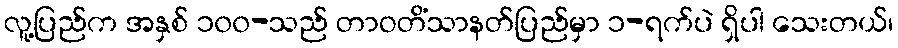
လူ့ပြည်က အနှစ် ၁၀၀-သည် တာဝတိံသာနတ်ပြည်မှာ ၁-ရက်ပဲ ရှိပါ သေးတယ်၊